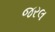
જરલ